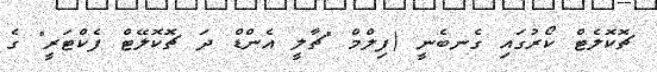
ޗޮކޮލެޓް ކޯރުގައި ގެނބެނީ (ފިލްމް "ޗާލީ އެންޑް ދަ ޗޮކޮލޭޓް ފެކްޓަރީ" ގެ